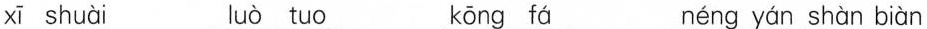
xī shuài luò tuo kōng fá néng yán shàn biàn